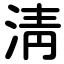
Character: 淸